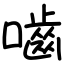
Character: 嚙